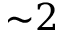
{ \sim } 2